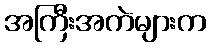
အကြီးအကဲများက